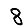
Digit: 8